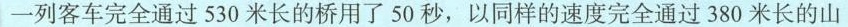
一列客车完全通过530米长的桥用了50秒，以同样的速度完全通过380米长的山